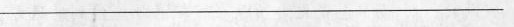
___